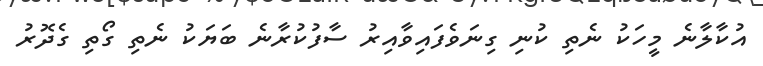
އުކާލާނެ މީހަކު ނެތި ކުނި ގިނަވެފައިވާއިރު ސާފުކުރާނެ ބަޔަކު ނެތި ގޯތި ގެދޮރު